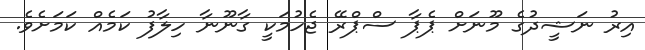
އިރު ނަޝީދުގެ މޫނަށް ޕެޕާ ސްޕްރޭ ޖެހުމަކީ ގާނޫނާ ހިލާފު ކަމެއް ކަމަށެވެ.